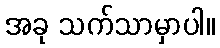
အခု သက်သာမှာပါ။